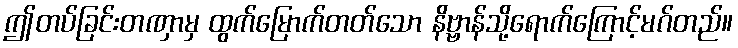
ဤတပ်ခြင်းတဏှာမှ ထွက်မြောက်တတ်သော နိဗ္ဗာန်သို့ရောက်ကြောင့်မဂ်တည်။